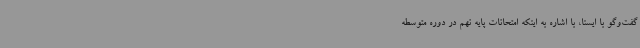
گفت‌وگو با ایسنا، با اشاره به اینکه امتحانات پایه نهم در دوره متوسطه